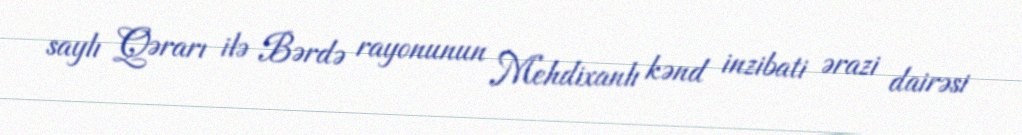
saylı Qərarı ilə Bərdə rayonunun Mehdixanlı kənd inzibati ərazi dairəsi